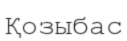
Қозыбас